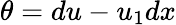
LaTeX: \theta=du-u_{1}dx